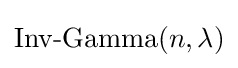
{\textstyle {\mbox{Inv-Gamma}}(n,\lambda )}